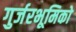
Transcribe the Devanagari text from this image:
गुर्जरभूमिको